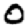
Digit: 0